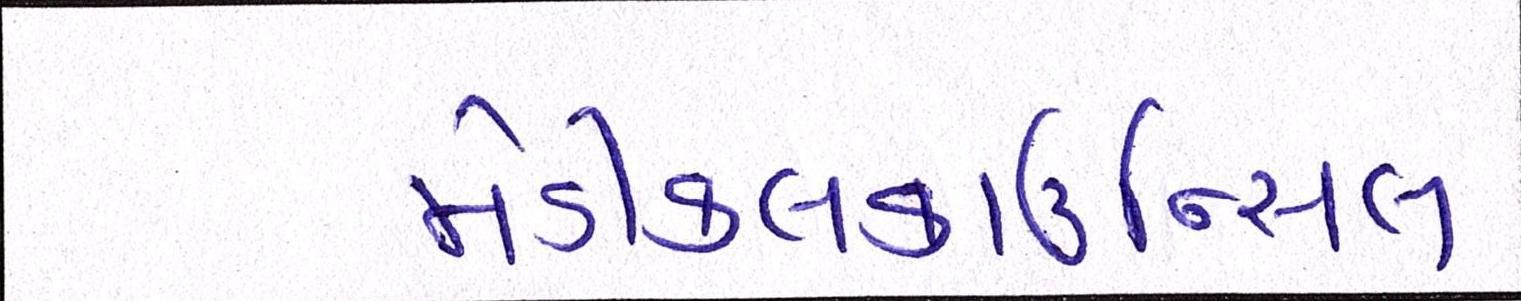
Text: મેડીકલકાઉન્સિલ